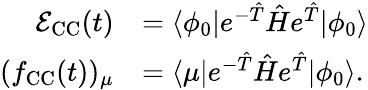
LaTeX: \begin{array}{rl}{\mathcal{E}_{\mathrm{CC}}(t)}&{=\langle\phi_{0}\vert e^{-\hat{T}}\hat{H}e^{\hat{T}}\vert\phi_{0}\rangle}\\ {(f_{\mathrm{CC}}(t))_{\mu}}&{=\langle\mu\vert e^{-\hat{T}}\hat{H}e^{\hat{T}}\vert\phi_{0}\rangle.}\end{array}